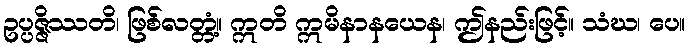
ဥပ္ပဇ္ဇိဿတိ၊ ဖြစ်လတ္တံ့။ ဣတိ ဣမိနာနယေန၊ ဤနည်းဖြင့်။ သံဃ၊ ပေ။